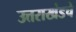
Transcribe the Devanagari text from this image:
उत्तराखंडचे